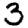
Digit: 3